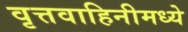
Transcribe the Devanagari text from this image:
वृत्तवाहिनीमध्ये